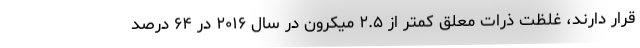
قرار دارند، غلظت ذرات معلق کمتر از ۲.۵ میکرون در سال ۲۰۱۶ در ۶۴ درصد